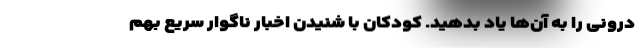
درونی را به آن‌ها یاد بدهید. کودکان با شنیدن اخبار ناگوار سریع بهم